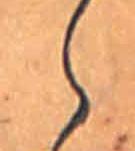
ら